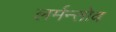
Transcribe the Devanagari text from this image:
लर्मन्तोव